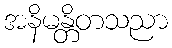
အနိမန္တိတသညာ